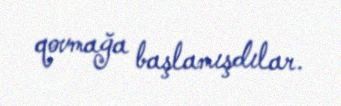
qovmağa başlamışdılar.